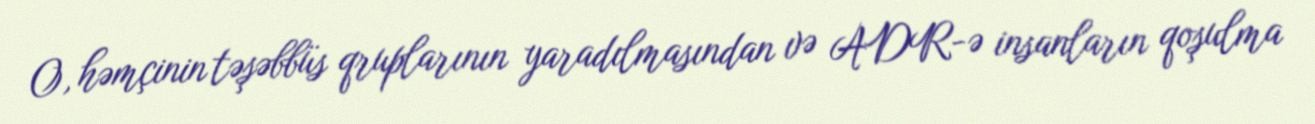
O, həmçinin təşəbbüs qruplarının yaradılmasından və ADR-ə insanların qoşulma